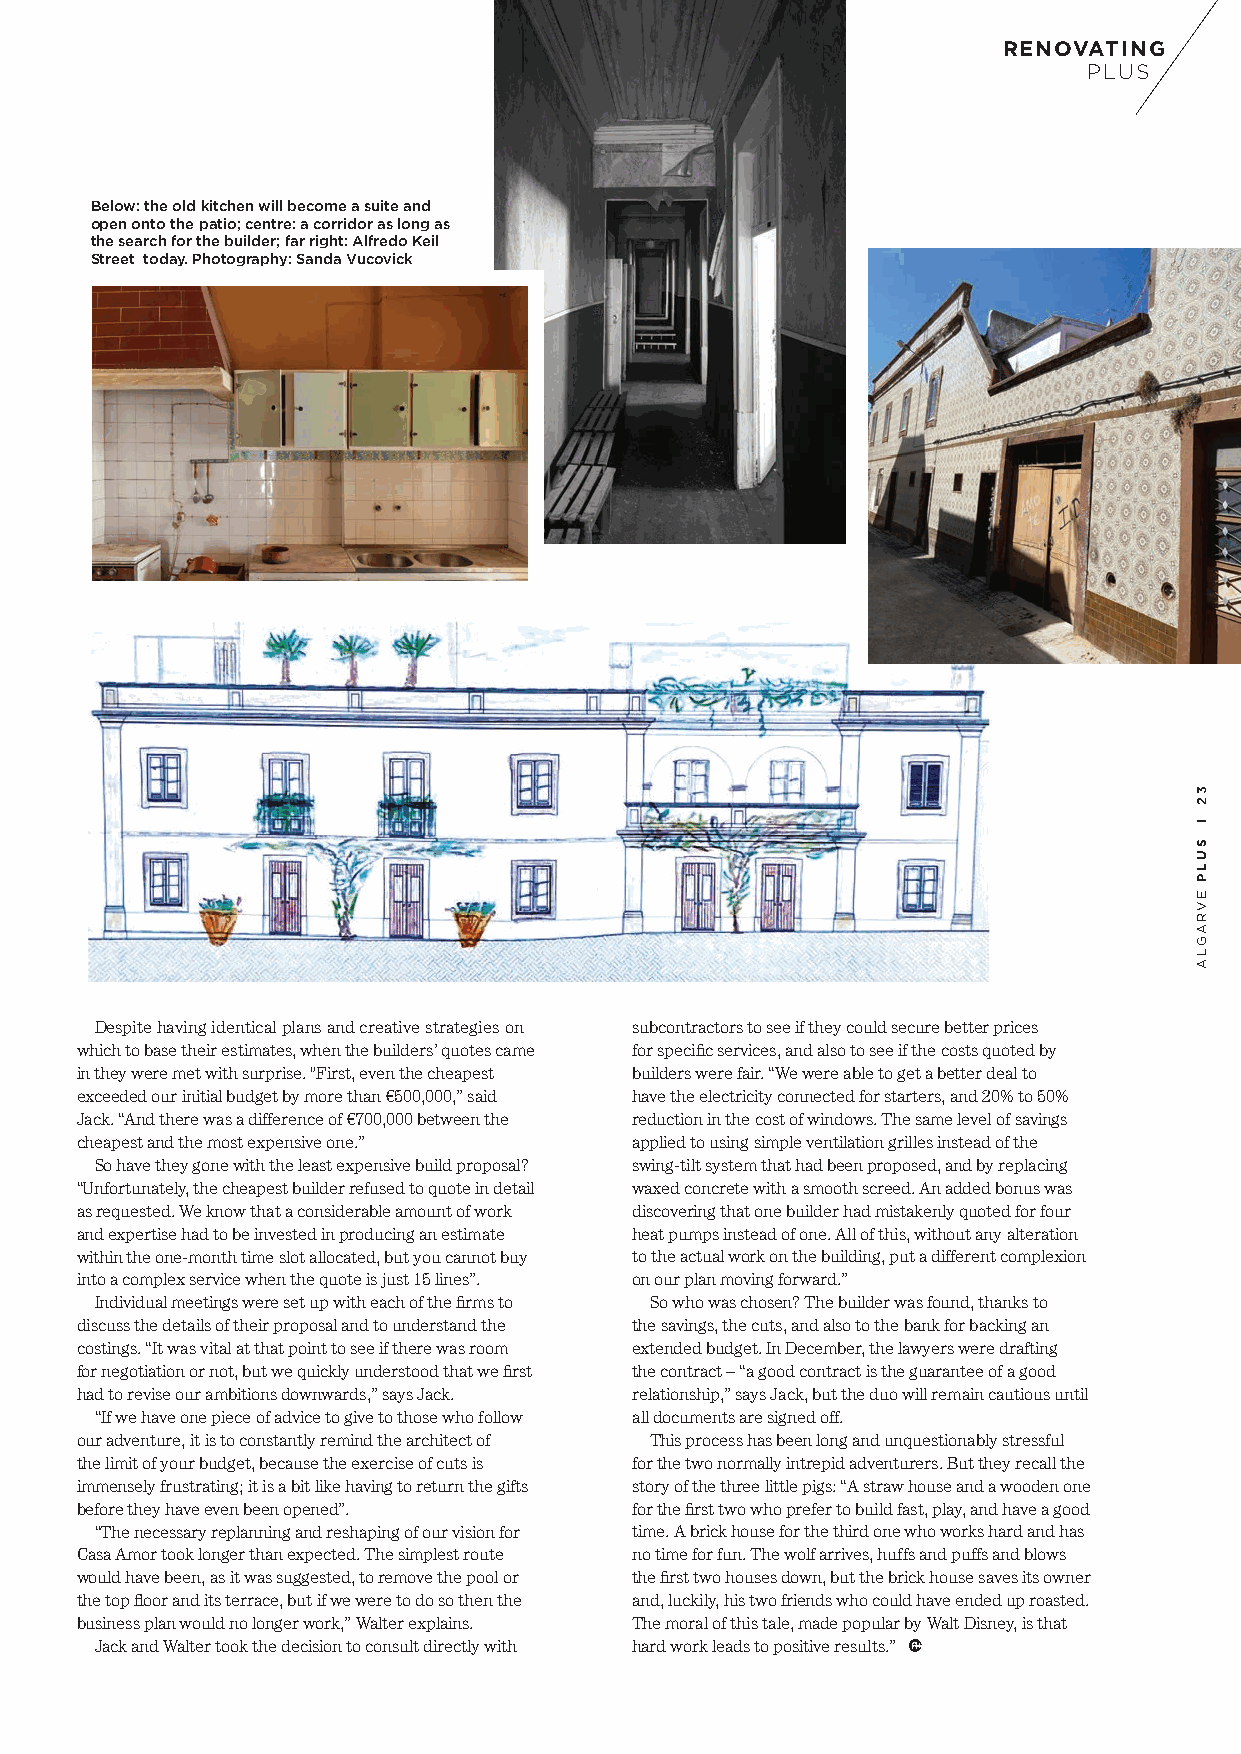
RENOVATING
 PLUS
 Below: the old kitchen will become a suite and
 open onto the patio; centre: a corridor as long as
 the search for the builder; far right: Alfredo Keil
 Street today. Photography: Sanda Vucovick
 Despite having identical plans and creative strategies on subcontractors to see if they could secure better prices
 which to base their estimates, when the builders’ quotes came for specific services, and also to see if the costs quoted by
 in they were met with surprise. "First, even the cheapest builders were fair. “We were able to get a better deal to
 exceeded our initial budget by more than €500,000,” said have the electricity connected for starters, and 20% to 50%
 Jack. “And there was a difference of €700,000 between the reduction in the cost of windows. The same level of savings
 cheapest and the most expensive one.” applied to using simple ventilation grilles instead of the
 So have they gone with the least expensive build proposal? swing-tilt system that had been proposed, and by replacing
 “Unfortunately, the cheapest builder refused to quote in detail waxed concrete with a smooth screed. An added bonus was
 as requested. We know that a considerable amount of work discovering that one builder had mistakenly quoted for four
 and expertise had to be invested in producing an estimate heat pumps instead of one. All of this, without any alteration
 within the one-month time slot allocated, but you cannot buy to the actual work on the building, put a different complexion
 into a complex service when the quote is just 15 lines”. on our plan moving forward.”
 Individual meetings were set up with each of the firms to So who was chosen? The builder was found, thanks to
 discuss the details of their proposal and to understand the the savings, the cuts, and also to the bank for backing an
 costings. “It was vital at that point to see if there was room extended budget. In December, the lawyers were drafting
 for negotiation or not, but we quickly understood that we first the contract – “a good contract is the guarantee of a good
 had to revise our ambitions downwards,” says Jack. relationship,” says Jack, but the duo will remain cautious until
 “If we have one piece of advice to give to those who follow all documents are signed off.
 our adventure, it is to constantly remind the architect of This process has been long and unquestionably stressful
 the limit of your budget, because the exercise of cuts is for the two normally intrepid adventurers. But they recall the
 immensely frustrating; it is a bit like having to return the gifts story of the three little pigs: “A straw house and a wooden one
 before they have even been opened”.  for the first two who prefer to build fast, play, and have a good
 “The necessary replanning and reshaping of our vision for time. A brick house for the third one who works hard and has
 Casa Amor took longer than expected. The simplest route no time for fun. The wolf arrives, huffs and puffs and blows
 would have been, as it was suggested, to remove the pool or the first two houses down, but the brick house saves its owner
 the top floor and its terrace, but if we were to do so then the and, luckily, his two friends who could have ended up roasted.
 business plan would no longer work,” Walter explains. The moral of this tale, made popular by Walt Disney, is that
 Jack and Walter took the decision to consult directly with hard work leads to positive results.”
 32
 l
 SULP
 EVRAGLA